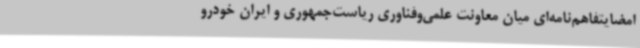
امضایتفاهم‌نامه‌ای میان معاونت علمی‌وفناوری ریاست‌جمهوری و ایران خودرو